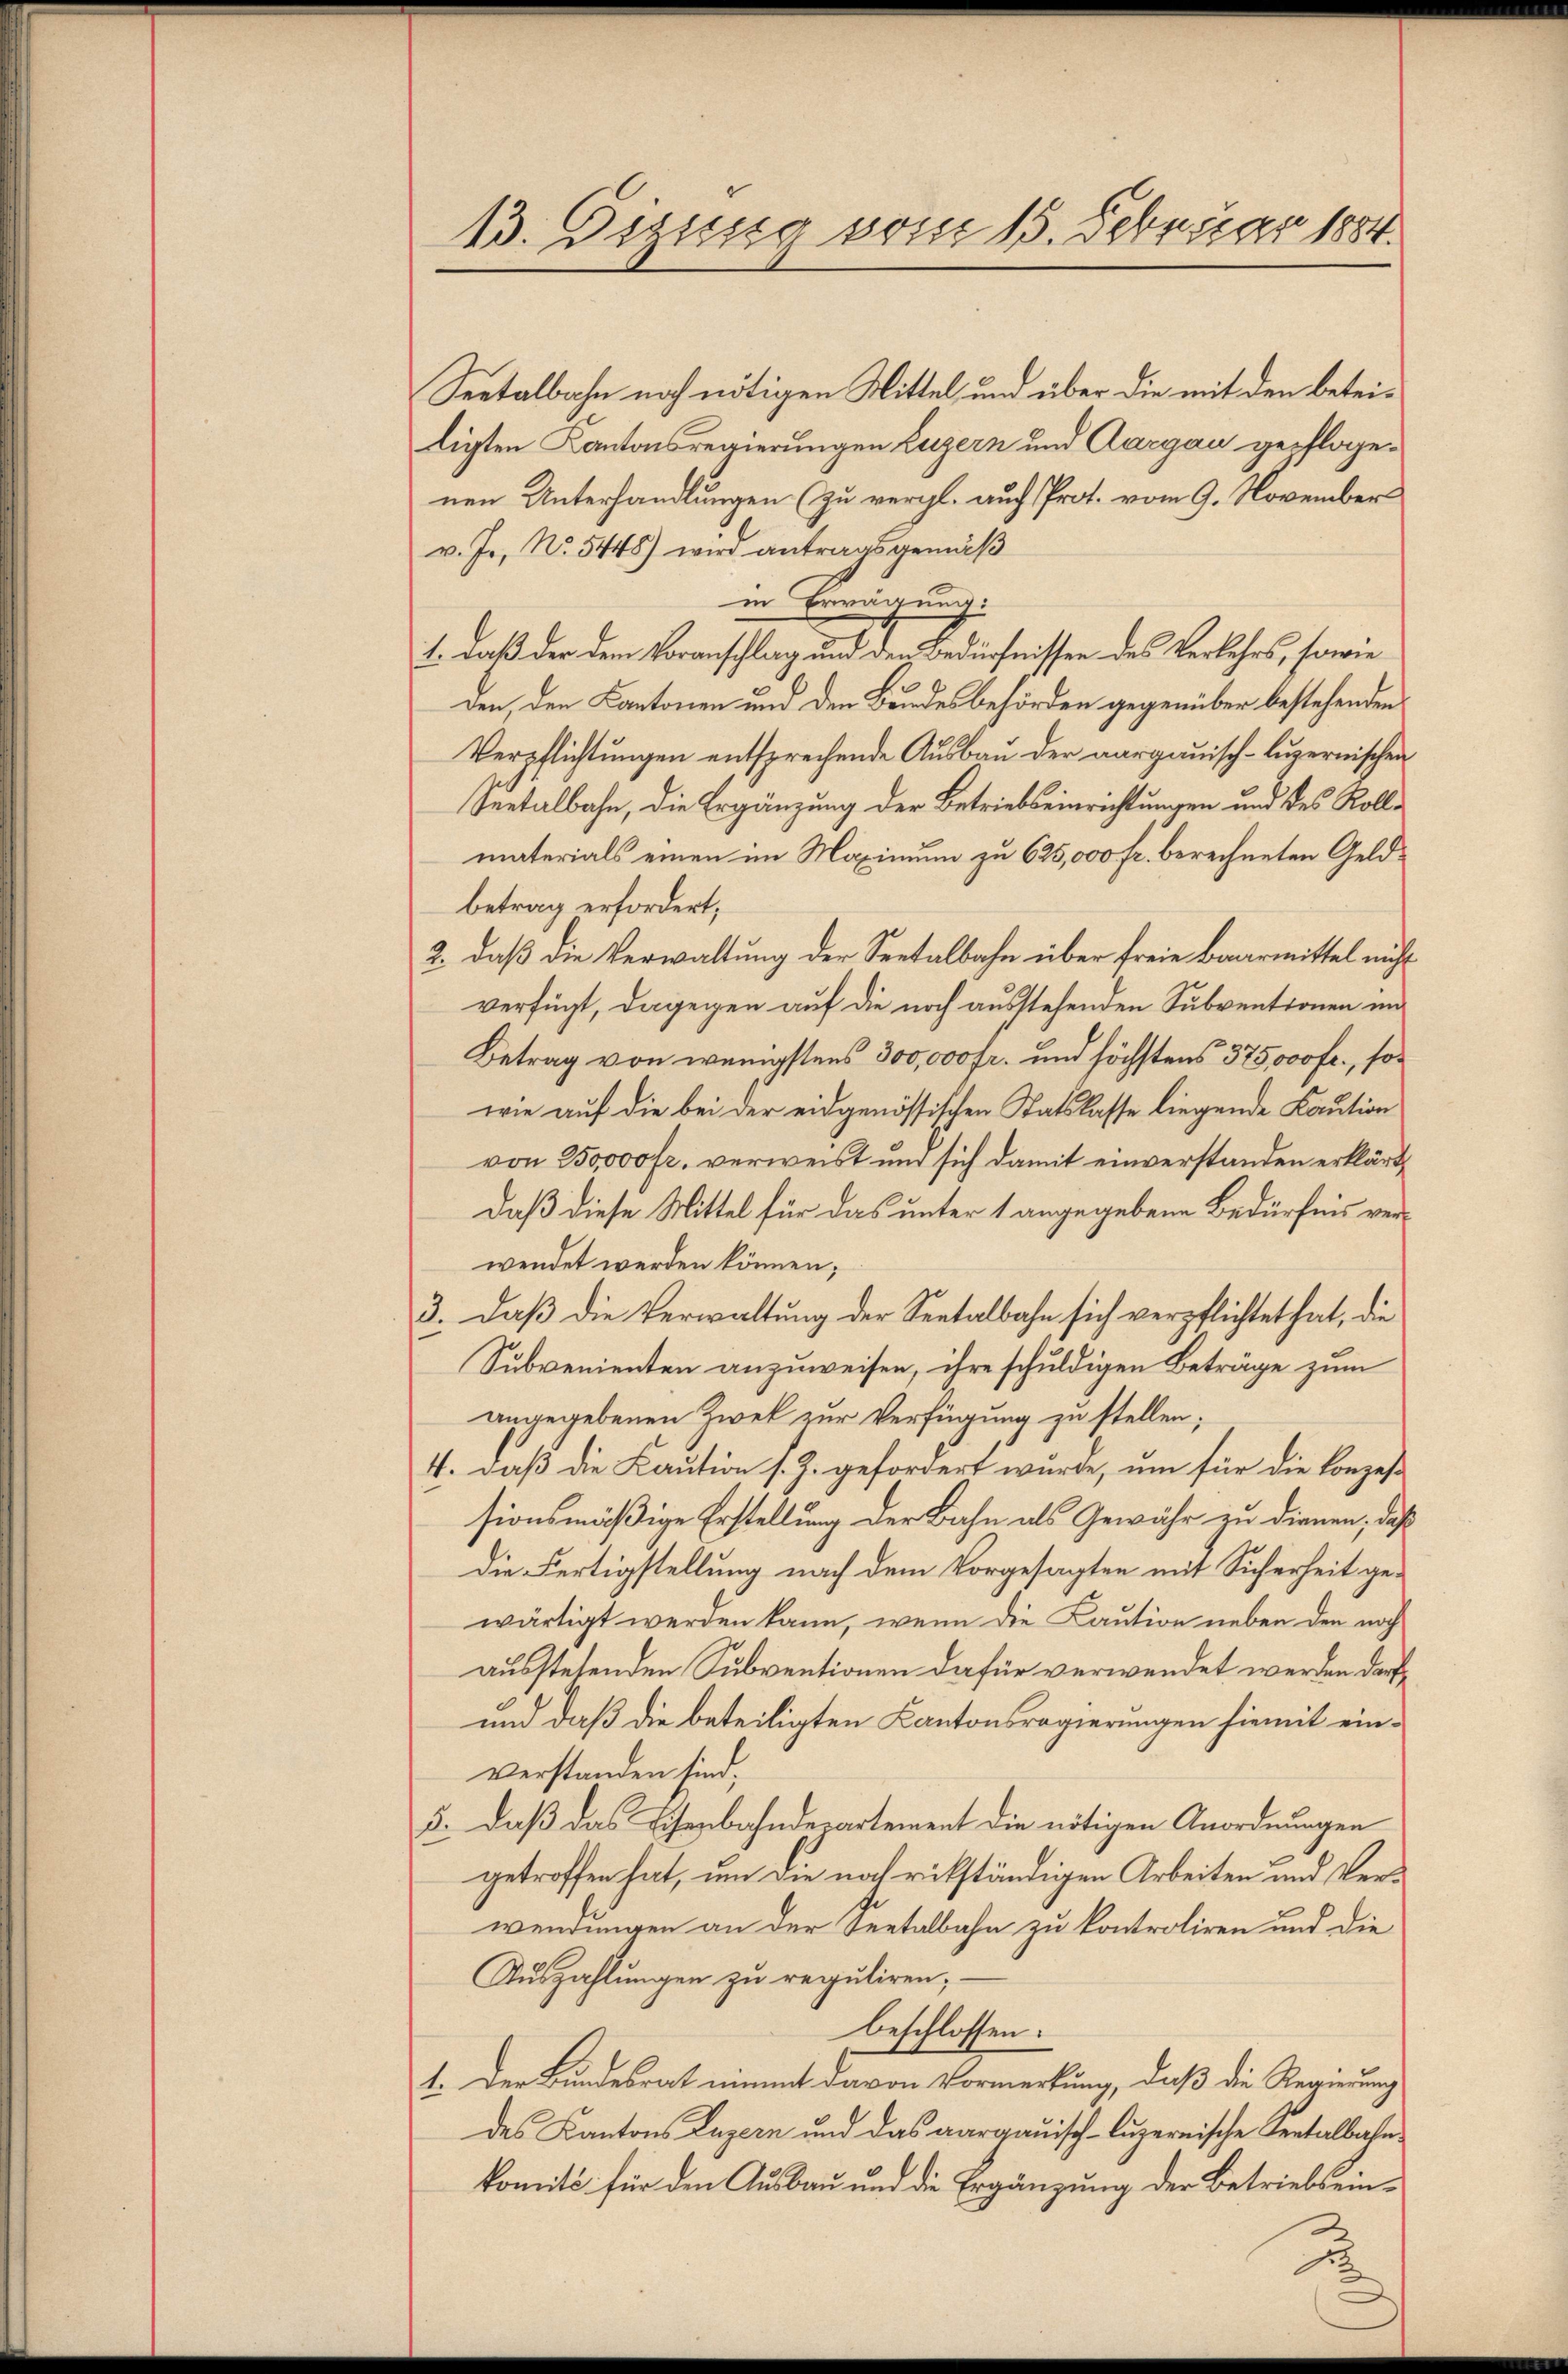
13. Gizung vom 15. Februar 1884.

Seetalbahn noch nötigen Mittel, und über die mit den beteiligten Kantonsregierungen Luzern und Aargau gepflogenen Unterhandlungen (zu vergl. auch Prot. vom 9. November
v. Js. No. 5448) wird antragsgemäß
in Erwägung:
1. daß der dem Vorauschlag und der Bedürfnissen des Verlehrs, sowie
den, den Cantonen und den Bundesbehörden gegenüber bestehenden
Verpflichtungen entsprechende Ausbau der aargauisch-luzernischen
Seetalbahn, die Ergänzung der Betriebseinrichtungen und des Rollmaterials einen im Maximum zu 625,000 fr. berechneten Geldbetrag erfordert;
2., daß die Verwaltung der Seetalbahn über freie Baarmittel nicht
verfügt, dagegen auf die noch ausstehenden Subventionen un
Betrag von wenigstens 300,000 fr. und höchstens 375000 fr., sowie auf die bei der eidgenössischen Statskasse liegende Kaution
von 250,000 fr. verweist und sich damit einverstanden erklärt,
Daß diese Mittel für das unter 1 angegebene Bedürfnis verwendet werden können;
3. Daß die Verwaltung der Seetalbahn sich verpflichtet hat, die
Subvenienten anzuweisen, ihre schuldigen Beträge zum
angegebenen Zwek zur Verfügung zu stellen;
4. daß die Kaution s. Z. gefordert wurde, um für die Konzessionsmäßige Erstellung der Bahn als Gewähr zu dienen, daß
die Fertigstellung nach dem Vorgesagten mit Sicherheit gewärtigt werden kann, wenn die Kaution neben den noch
ausstehenden Subventionen dafür verwendet werden dar¬
und daß die beteiligten Kantonsregierungen hiemit einverstanden sind.
5. daß das Eisenbahndepartement die nötigen Anordnungen
getroffen hat, um die noch rikständigen Arbeiten und Verwendungen an der Seetalbahn zu kontroliren und die
Auszahlungen zu reguliren;
beschlossen:
1. Der Bundesrat nimmt davon Vormerkung, daß die Regierung
des Kantons Luzern und das aargauisch-luzernische Seetalbahn.
komité für den Ausbau und die Ergänzung der Betriebs ein¬

.